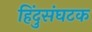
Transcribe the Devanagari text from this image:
हिंदुसंघटक